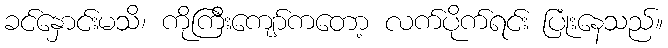
ခင်နှောင်းမသိ၊ ကိုကြီးကျော်ကတော့ လက်ပိုက်ရင်း ပြုံးနေသည်။